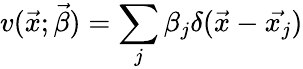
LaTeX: v(\vec{x};\vec{\beta})=\sum_{j}\beta_{j}\delta(\vec{x}-\vec{x_{j}})